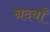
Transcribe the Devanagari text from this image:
नदवाँ